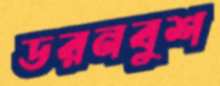
ডরনবুশ